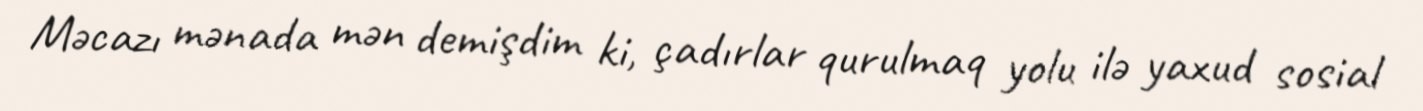
Məcazı mənada mən demişdim ki, çadırlar qurulmaq yolu ilə yaxud sosial